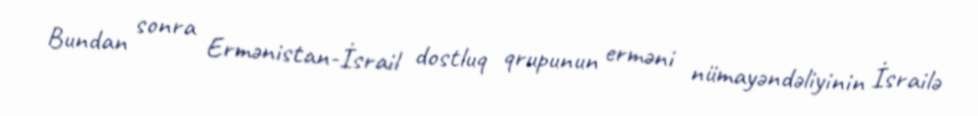
Bundan sonra Ermənistan-İsrail dostluq qrupunun erməni nümayəndəliyinin İsrailə